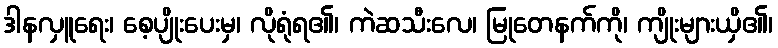
ဒါနလှူရေး၊ စေ့ပျိုးပေးမှ၊ လိုရုံရ၏၊ ကဲဆသီးလေ၊ မြုတေနက်ကို၊ ကျိုးများယှိ၏၊